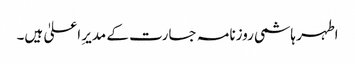
اطہر ہاشمی روزنامہ جسارت کے مدیرِ اعلیٰ ہیں۔